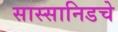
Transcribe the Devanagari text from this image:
सास्सानिडचे